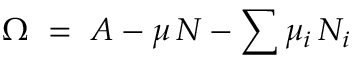
\Omega \ = \ A - \mu \, N - \sum \mu _ { i } \, N _ { i }